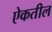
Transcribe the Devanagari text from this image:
ऐकतील